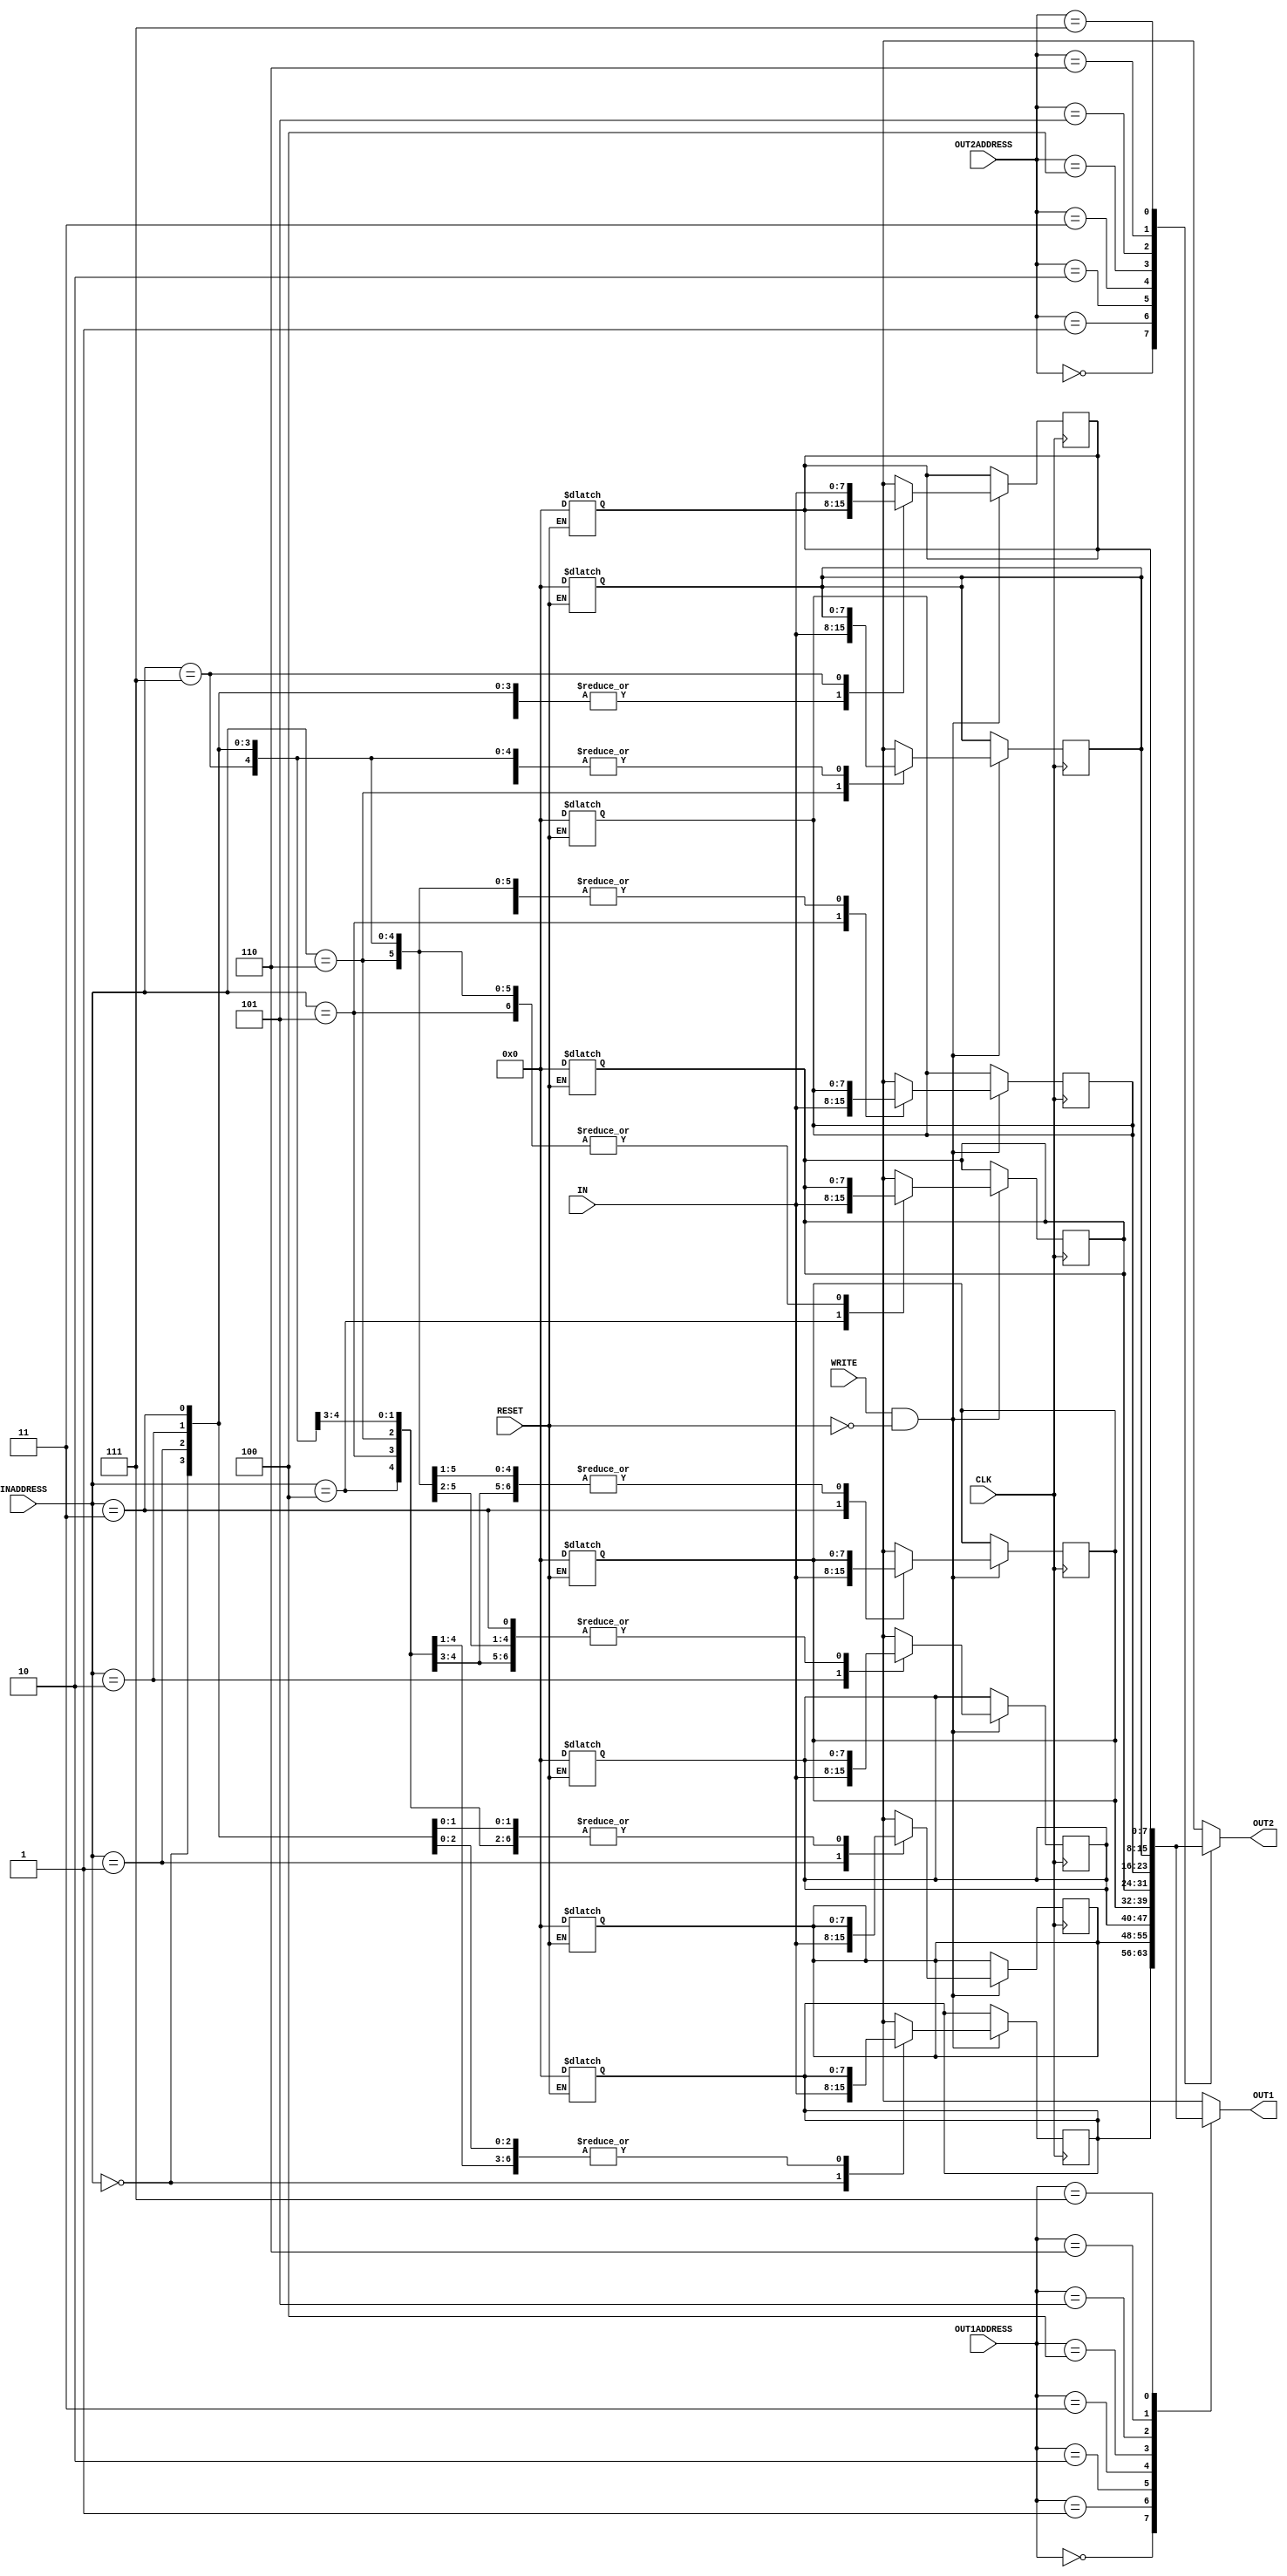
module reg_file(IN,OUT1,OUT2,
				INADDRESS,OUT1ADDRESS,OUT2ADDRESS,
				WRITE,CLK,RESET);
//addresses are 3 bit
//woreds are 8 bit
	integer i; //for loop counter
	input WRITE,CLK,RESET;
	input [7:0] IN; //8 bit input
	input [2:0] INADDRESS,OUT1ADDRESS,OUT2ADDRESS; //3 bit inputs(addresses)
	output [7:0] OUT1,OUT2;	//8 bit outputs
	reg OUT1,OUT2;
	//create 2d array for registers
	//register[8][8] 
	reg [7:0] register [0:7];
	
	always @(*)begin //combinational logic part for reset

		if(RESET == 1)begin
			
			#2	for(i=0;i<8;i=i+1) begin //latency = 2
					//should set every array 0
					register[i] = 8'h00;
				end
			//output is also combinational
			
		end
	end
	always @(*)begin //combinational logic to read out
/*	unblocked latency ,out1,out2 is simultanious
*/	
		OUT1 <= #2 register[OUT1ADDRESS];
		OUT2 <= #2 register[OUT2ADDRESS];
	end	
	always @(posedge CLK) begin //synchronus part
		if(WRITE== 1 && RESET==0)begin //write enable is 1 and reset is 0(no meaning attemting to write when reset is on)
				register[INADDRESS] = #2 IN; //latency = 2
		end	
	
	end
		
endmodule